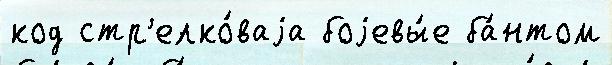
код стр'елко́ваjа боjевы́е ба́нтом